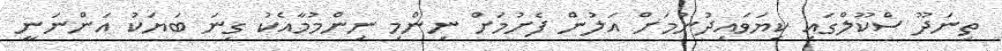
ތިނަދޫ ސްކޫލްގައި ކިޔަވައިދުނުމަށް އަލުން ފެށުމަށް ނިންމި ނިންމުމާއެކު ގިނަ ބަޔަކު އަންނަނީ